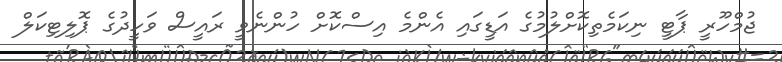
ޖުމްހޫރީ ޕާޓީ ނިކަމެތިކޮށްލުމުގެ އަޑީގައި އެންމެ އިސްކޮށް ހުންނެވީ ރައީސް ވަހީދުގެ ޕޮލިޓިކަލް